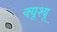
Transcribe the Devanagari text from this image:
क्यूश्यू